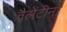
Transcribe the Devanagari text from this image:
वैलेंटीना